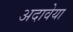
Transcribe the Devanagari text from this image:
अदावेया